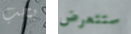
يجب ستتعرض